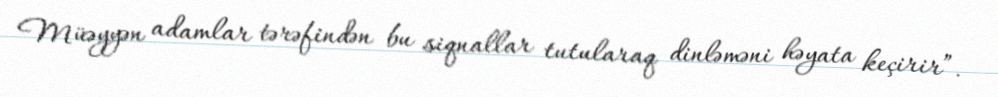
Müəyyən adamlar tərəfindən bu siqnallar tutularaq dinləməni həyata keçirir”.